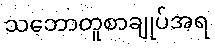
သဘောတူစာချုပ်အရ